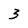
Character: 3